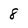
Character: 8